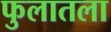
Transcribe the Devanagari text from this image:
फुलातला